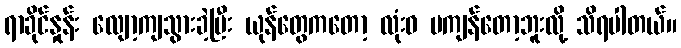
ရာခိုင်နှုန်း လျော့ကျသွားခဲ့ပြီး ယုန်တွေကတော့ လုံးဝ မကျန်တော့ဘူးလို့ သိရပါတယ်။